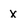
Character: x